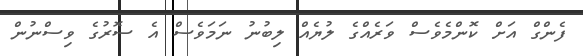
ފެންގް އަށް ކޮންމެވެސް ވަރެއްގެ ލުޔެއް ލިބުނު ނަމަވެސް އެ ސޮރުގެ ވިސްނުން